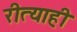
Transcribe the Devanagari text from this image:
रीत्याही